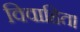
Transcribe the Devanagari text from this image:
विवाहित।